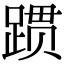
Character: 𬦻